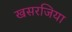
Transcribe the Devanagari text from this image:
खसरजिया